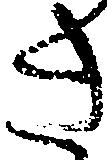
き